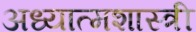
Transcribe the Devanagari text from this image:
अध्यात्मशास्त्री